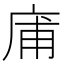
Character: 庯